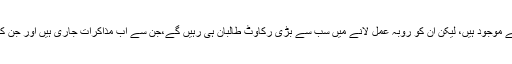
اس سازوسامان کی نکاسی کے لئے بھی اگرچہ متبادل طریقے موجود ہیں، لیکن ان کو روبہ عمل لانے میں سب سے بڑی رکاوٹ طالبان ہی رہیں گے،جن سے اب مذاکرات جاری ہیں اور جن کے غیظ و غضب سے مسٹر کرزئی بھی آج لرزہ براندام ہیں ۔